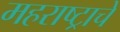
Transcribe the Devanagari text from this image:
महराष्ट्राचे